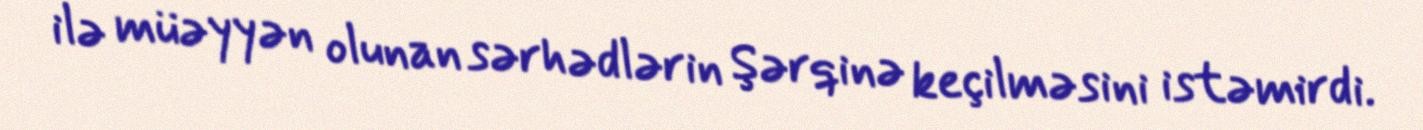
ilə müəyyən olunan sərhədlərin Şərqinə keçilməsini istəmirdi.